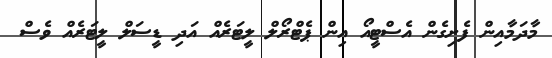
މާދަމާއިން ފެށިގެން އެސްޓީއޯ އިން ޕެޓްރޯލް ލީޓަރެއް އަދި ޑީސަލް ލީޓަރެއް ވެސް